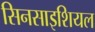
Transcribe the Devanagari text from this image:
सिनसाइशियल